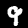
Digit: 9